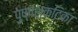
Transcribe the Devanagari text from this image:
पुष्पशकटिका